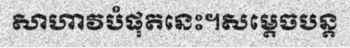
សាហាវបំផុតនេះ។សម្តេចបន្ត